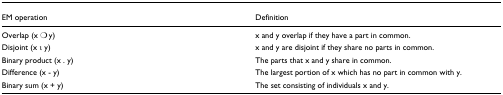
<table><thead><tr><td><b>EM operation</b></td><td><b>Definition</b></td></tr></thead><tbody><tr><td>Overlap (x ○ y)</td><td>x and y overlap if they have a part in common.</td></tr><tr><td>Disjoint (x ι y)</td><td>x and y are disjoint if they share no parts in common.</td></tr><tr><td>Binary product (x . y)</td><td>The parts that x and y share in common.</td></tr><tr><td>Difference (x - y)</td><td>The largest portion of x which has no part in common with y.</td></tr><tr><td>Binary sum (x + y)</td><td>The set consisting of individuals x and y.</td></tr></tbody></table>